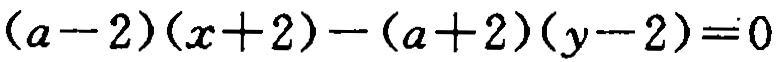
\((a - 2)(x + 2) - (a + 2)(y - 2) = 0\)